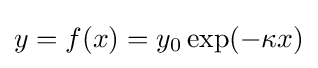
y=f(x)=y_{0}\exp(-\kappa x)